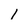
Character: 1